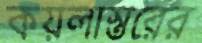
কয়লাস্তরের